Annual report on the lock hospitals of the Madras Presidency
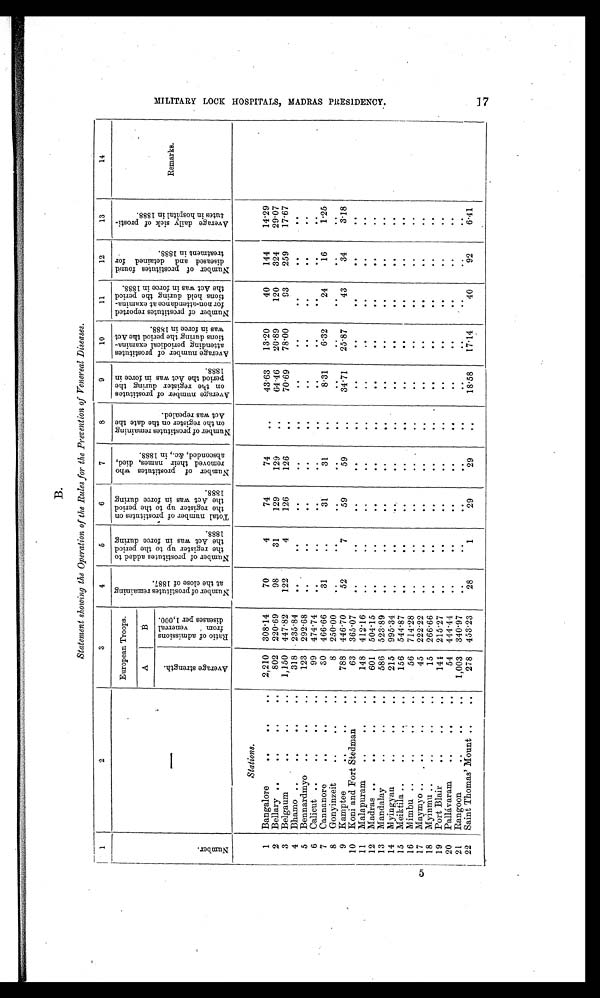
B.
Statement showing the Operation of the Rules for the Prevention of Venereal Diseases.
1
2
3
4
5
6
7
8
9
10
11
12
13
14
N u m b e r .
—
European Troops.
N u m b e r o f p r o s t i t u t e s r e m a i n i n g a t t h e c l o s e o f 1 8 8 7 . N u m b e r o f p r o s t i t u t e s a d d e d t o t h e r e g i s t e r u p t o t h e p e r i o d t h e A c t w a s i n f o r c e d u r i n g 1 8 8 8 .
T o t a l n u m b e r o f p r o s t i t u t e s o n t h e r e g i s t e r u p t o t h e p e r i o d t h e A c t w a s i n f o r c e d u r i n g 1 8 8 8 .
N u m b e r o f p r o s t i t u t e s w h o r e m o v e d t h e i r n a m e s , d i e d , a b s c o n d e d , & c . , i n 1 8 8 8 .
N u m b e r o f p r o s t i t u t e s r e m a i n i n g o n t h e r e g i s t e r o n t h e d a t e t h e A c t w a s r e p e a l e d .
A v e r a g e n u m b e r o f p r o s t i t u t e s o n t h e r e g i s t e r d u r i n g t h e p e r i o d t h e A c t w a s i n f o r c e i n 1 8 8 8 .
A v e r a g e n u m b e r o f p r o s t i t u t e s a t t e n d i n g p e r i o d i c a l e x a m i n a - t i o n s d u r i n g t h e p e r i o d t h e A c t w a s i n f o r c e i n 1 8 8 8 .
N u m b e r o f p r o s t i t u t e s r e p o r t e d f o r n o n - a t t e n d a n c e a t e x a m i n a - t i o n s h e l d d u r i n g t h e p e r i o d t h e A c t w a s i n f o r c e i n 1 8 8 8 .
N u m b e r o f p r o s t i t u t e s f o u n d d i s e a s e d a n d d e t a i n e d f o r t r e a t m e n t i n 1 8 8 8 .
A v e r a g e d a i l y s i c k o f p r o s t i t u t e s i n h o s p i t a l i n 1 8 8 8 .
Remarks.
A B
A v e r a g e s t r e n g t h .
R a t i o o f a d m i s s i o n s f r o m v e n e r e a l d i s e a s e s p e r 1 , 0 0 0 .
Stations.
1 Bangalore
..
..
..
2,210 308.14
70
4
74
74
. .
43.63
13.20
40
144
14.29
2 Bellary ..
..
..
..
802 220.69
98
31
129
129
..
64.46
20.89
120
324
29.07
3 Belgaum
..
..
..
1,150 447.82
122
4
126
126
..
70.69
78.00
93
259
17.67
4 Bhamo ..
..
..
..
318 235.84
. .
. .
. . . .
. .
..
. . ..
. .
. .
5 Bennardmyo ..
..
..
123 292.68
. . ..
. . ..
. .
..
. .
. .
. .
. .
6 Calicut ..
..
..
..
99 474.74
..
..
. . ..
. .
. .
..
..
. .
. .
7 Cannanore
..
..
..
30 466.66
31
. .
31
31
..
8 . 3 1 6.32
24
16
1 . 2 5
8 Gonyinzeit
..
..
..
8 250.00
. .
. .
. . ..
. .
. .
. .
. .
. .
. .
9 Kamptee
..
..
..
788 446.70
52
7
59
59
. .
34.71
25.87
43
34
3.18
10 Koni and Fort Stedman
..
63 365.07
..
..
..
..
. .
..
..
. .
. .
. .
11 Malapuram
..
..
..
148
412.16
..
..
. . ..
..
. .
. .
. . ..
. .
12 Madras ..
..
..
601 504.15
. . ..
..
. .
. .
. .
. .
. .
. .
. .
13 Mandalay
..
..
..
586 523.89
..
. .
. . ..
..
..
. .
. .
. .
. .
14 Myingyan
..
..
..
215
995.34
..
. .
..
..
..
..
. .
. .
. .
. .
15 Meiktila ..
..
..
156 544.87
. .
..
. . . .
. .
. .
. .
. .
. .
. .
16 Mimbu ..
..
..
..
56 714.28
..
..
. . . .
..
. .
. .
. .
. .
. .
17 Maymyo ..
..
..
..
45 222.22
..
. .
. . ..
. .
..
. .
. .
. .
. .
18 Myinmu ..
..
..
..
15 266.66
..
. .
. . . .
..
..
. .
. .
. .
. .
19 Port Blair
..
..
..
141 215.27
. .
..
. . . .
. .
. .
. .
. .
. . ..
20 Pallávaram
..
..
..
54 444.44
..
..
. . . .
. .
..
. .
. .
. . ..
21 Rangoon
..
..
.. 1,003 340.97
..
..
. . . .
. .
..
. . ..
..
..
22 Saint Thomas' Mount ..
..
278 453.23
28
1
29
29
. .
18.58
17.14
40
92
6.41
M I L I T A R Y L O C K H O S P I T A L S , M A D R A S P R E S I D E N C Y . 1 7